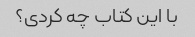
با این کتاب چه کردی؟